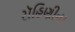
રૉહિણીના